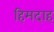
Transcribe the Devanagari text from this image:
हिमदाह